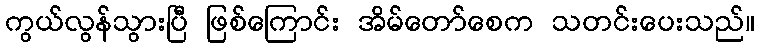
ကွယ်လွန်သွားပြီ ဖြစ်ကြောင်း အိမ်တော်စေက သတင်းပေးသည်။